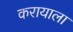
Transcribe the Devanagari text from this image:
करायाला